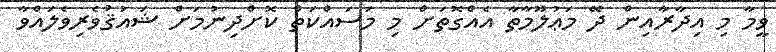
ވީމާ މި އިދާރާއިން ދޭ މަޢުލޫމާތާ އެއްގޮތަށް މި މަސައްކަތް ކޮށްދިނުމަށް ޝައުޤުވެރިވެލައްވާ